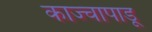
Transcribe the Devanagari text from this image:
काज्चापाडू